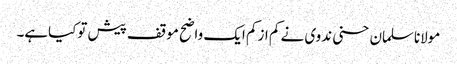
مولاناسلمان حسنی ندوی نے کم ازکم ایک واضح موقف پیش توکیاہے۔